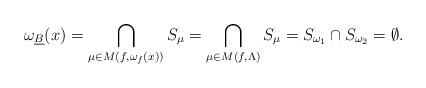
LaTeX: \begin{align*} \omega_{\underline{B}}(x)={\bigcap_{\mu\in M(f, \omega_f(x))}S_{\mu}}= {\bigcap_{\mu\in M(f, \Lambda)}S_{\mu}}=S_{\omega_1}\cap S_{\omega_2}=\emptyset. \end{align*}